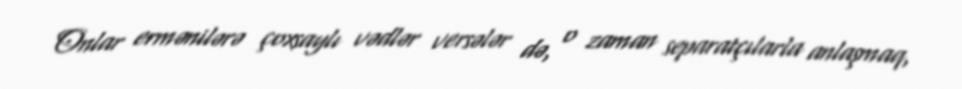
Onlar ermənilərə çoxsaylı vədlər versələr də, o zaman separatçılarla anlaşmaq,